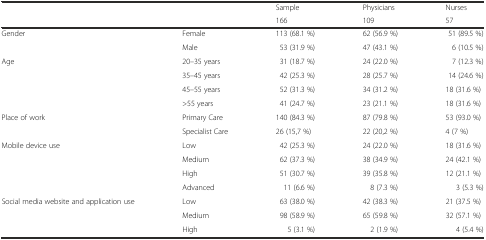
<table><thead><tr><td rowspan="2"></td><td rowspan="2"></td><td><b>Sample</b></td><td><b>Physicians</b></td><td><b>Nurses</b></td></tr><tr><td><b>166</b></td><td><b>109</b></td><td><b>57</b></td></tr></thead><tbody><tr><td rowspan="2">Gender</td><td>Female</td><td>113 (68.1 %)</td><td>62 (56.9 %)</td><td>51 (89.5 %)</td></tr><tr><td>Male</td><td>53 (31.9 %)</td><td>47 (43.1 %)</td><td>6 (10.5 %)</td></tr><tr><td rowspan="4">Age</td><td>20–35 years</td><td>31 (18.7 %)</td><td>24 (22.0 %)</td><td>7 (12.3 %)</td></tr><tr><td>35–45 years</td><td>42 (25.3 %)</td><td>28 (25.7 %)</td><td>14 (24.6 %)</td></tr><tr><td>45–55 years</td><td>52 (31.3 %)</td><td>34 (31.2 %)</td><td>18 (31.6 %)</td></tr><tr><td>&gt;55 years</td><td>41 (24.7 %)</td><td>23 (21.1 %)</td><td>18 (31.6 %)</td></tr><tr><td rowspan="2">Place of work</td><td>Primary Care</td><td>140 (84.3 %)</td><td>87 (79.8 %)</td><td>53 (93.0 %)</td></tr><tr><td>Specialist Care</td><td>26 (15,7 %)</td><td>22 (20,2 %)</td><td>4 (7 %)</td></tr><tr><td rowspan="4">Mobile device use</td><td>Low</td><td>42 (25.3 %)</td><td>24 (22.0 %)</td><td>18 (31.6 %)</td></tr><tr><td>Medium</td><td>62 (37.3 %)</td><td>38 (34.9 %)</td><td>24 (42.1 %)</td></tr><tr><td>High</td><td>51 (30.7 %)</td><td>39 (35.8 %)</td><td>12 (21.1 %)</td></tr><tr><td>Advanced</td><td>11 (6.6 %)</td><td>8 (7.3 %)</td><td>3 (5.3 %)</td></tr><tr><td rowspan="3">Social media website and application use</td><td>Low</td><td>63 (38.0 %)</td><td>42 (38.3 %)</td><td>21 (37.5 %)</td></tr><tr><td>Medium</td><td>98 (58.9 %)</td><td>65 (59.8 %)</td><td>32 (57.1 %)</td></tr><tr><td>High</td><td>5 (3.1 %)</td><td>2 (1.9 %)</td><td>4 (5.4 %)</td></tr></tbody></table>